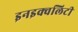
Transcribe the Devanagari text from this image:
इनइक्वलिटी